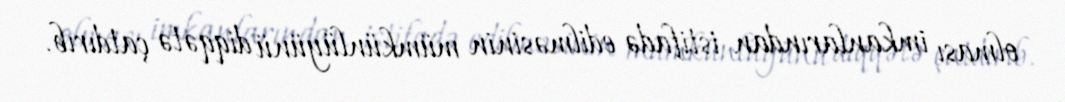
olması imkanlarından istifadə edilməsinin mümkünlüyünü diqqətə çatdırıb.